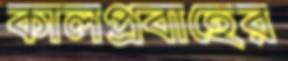
কালপ্রবাহের